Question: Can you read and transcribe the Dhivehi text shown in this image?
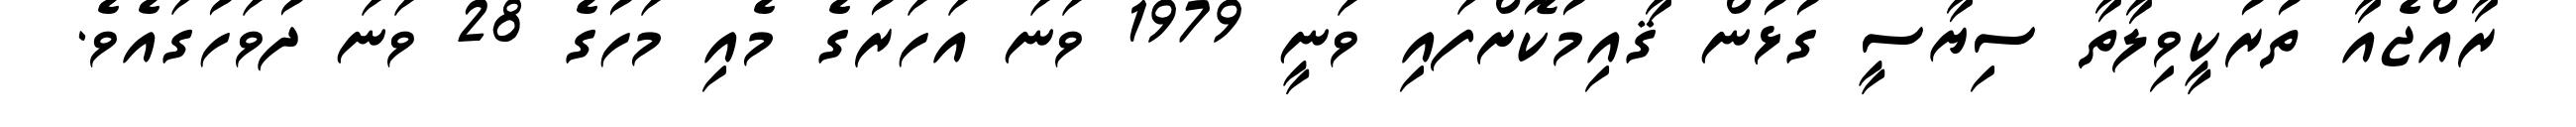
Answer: ރާއްޖެއާ ތުރުކީވިލާތާ ސިޔާސީ ގުޅުން ޤާއިމުކޮށްފައި ވަނީ 1979 ވަނަ އަހަރުގެ މެއި މަހުގެ 28 ވަނަ ދުވަހުގައެވެ.